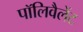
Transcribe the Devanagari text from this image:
पॉलिवैलेंट